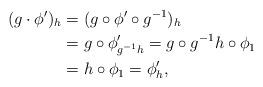
LaTeX: \begin{align*}(g\cdot \phi')_{h}&=(g\circ \phi'\circ g^{-1})_{h}\\&=g\circ \phi'_{g^{-1}h}= g\circ g^{-1}h\circ \phi_{1}\\&=h\circ \phi_{1}=\phi'_{h},\end{align*}